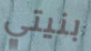
بنيتي